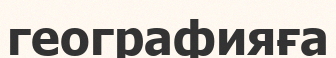
географияға